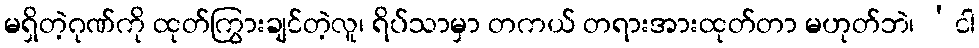
မရှိတဲ့ဂုဏ်ကို ထုတ်ကြွားချင်တဲ့လူ၊ ရိပ်သာမှာ တကယ် တရားအားထုတ်တာ မဟုတ်ဘဲ၊ ‘ငါ